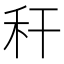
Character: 秆